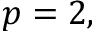
p = 2 ,